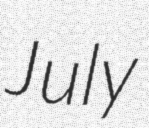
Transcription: July